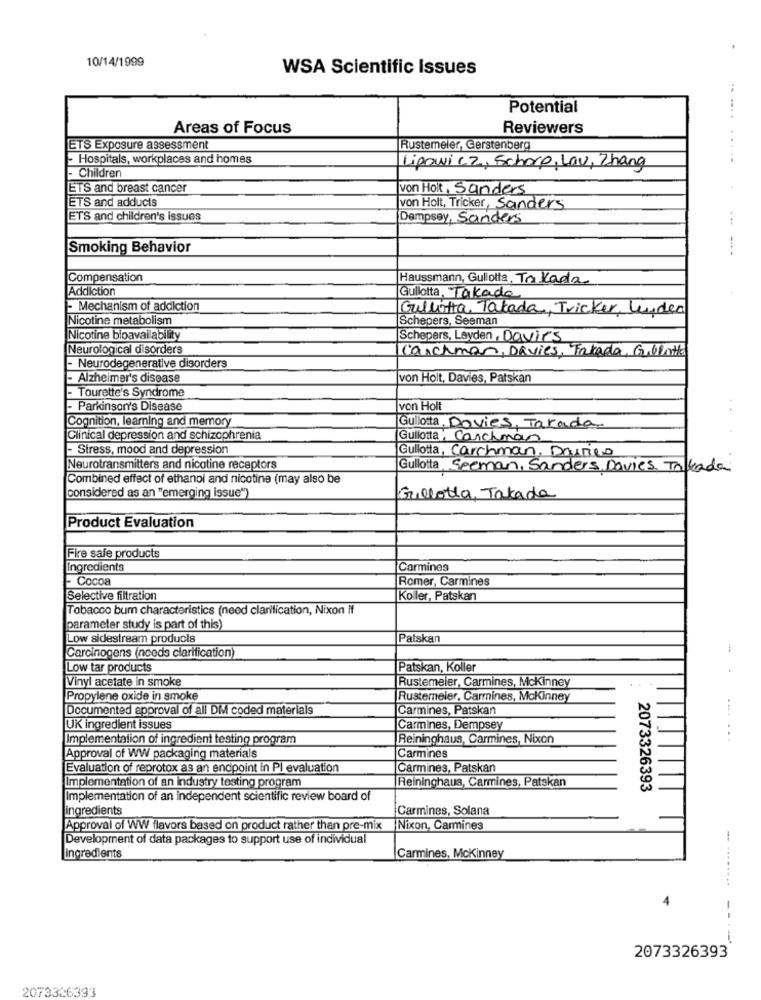
10/14/1999
WSA Scientific Issues
Potential
Areas of Focus
Reviewers
ETS Exposure assessment
Rustemeler, Gerstenberg
- Hospitals, workplaces and homes
- Children
Lipowi CZ, Scherp, Lav, Zhang
ETS and breast cancer
von Hol Sanders
ETS and adducts
von Holt, Tricker, Sanders
ETS and children's issues
Dempsey, Sanders
Smoking Behavior
----
Compensation
Haussmann, Gullotta. Takada
Addiction
Gullotta, Takade
- Mechanism of addiction
Gullotta Tatada, Tricker, Linden
Nicotine metabolism
Schepers, Seeman
Nicotine bioavailability
Schepers, Leyden, Davirs
Neurological disorders
Carchman, Davies, Takada, Gillette
- Neurodegenerative disorders
- Alzheimer's disease
von Holt, Davies, Patskan
- Tourette's Syndrome
- Parkinson's Disease
von Holt
..
Cognition, learning and memory
Gullotta Davies, Takada
Clinical depression and schizophrenia
Gullotta Canchman
- Stress, mood and depression
Gullotta, Carchman, Dasses
Neurotransmitters and nicotine receptors
Gullotta Seeman, Sanders Davies Takada
Combined effect of ethanol and nicotina (may also be
considered as an "emerging issue"
Gillotta Takada
Product Evaluation
Fire safe products
Ingredients
Carmines
- Cocoa
Romer, Carmines
Selective filtration
Koller, Patskan
Tobacco bum characteristics (need clarification, Nixon If
parameter study is part of this)
Low sidestream products
Patskan
Carcinogens (nceds clarification)
Low tar products
Patskan, Koller
Vinyl acetate in smoke
Rustemeier, Carmines, Mckinney
Propylene oxide in smoke
Rustemeler, Carmines, Mckinney
Documented approval of all DM coded materials
Carmines, Patskan
UK ingredient issues
Carmines, Dempsey
Implementation of ingredient testing program
Reininghaus, Carmines, Nixon
......
Approval of WW packaging materials
Carmines
Evaluation of reprotox as an endpoint in Pl evaluation
Carmines, Patskan
Reininghaus, Carmines, Patskan
Implementation of an industry testing program
2073326393
Implementation of an independent scientific review board of
ingredients
Carmines, Solana
Approval of WW flavors based on product rather than pre-mix
Nixon, Carmines
Development of data packages to support use of individual
Ingredients
Carmines, Mckinney
-. ........
-- --
2073326393
2073326393